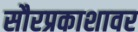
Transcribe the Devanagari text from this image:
सौरप्रकाशावर